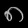
Digit: ၈